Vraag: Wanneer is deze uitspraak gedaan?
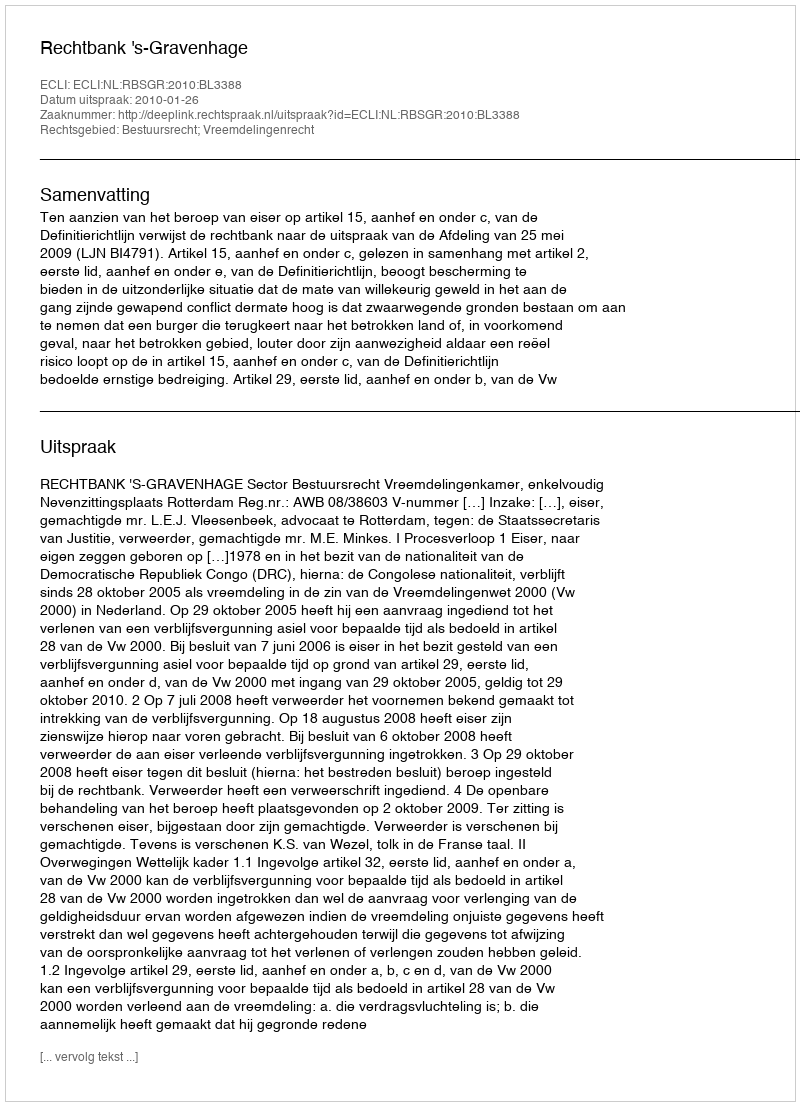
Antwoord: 2010-01-26